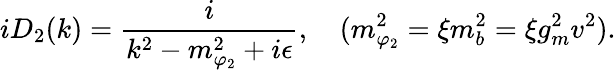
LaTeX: iD_{2}(k)={\frac{i}{k^{2}-m_{\varphi_{2}}^{2}+i\epsilon}},\quad(m_{\varphi_{2}}^{2}=\xi m_{b}^{2}=\xi g_{m}^{2}v^{2}).